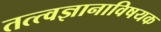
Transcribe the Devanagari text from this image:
तत्त्वज्ञानाविषयक